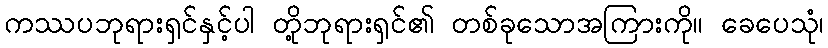
ကဿပဘုရားရှင်နှင့်ပါ တို့ဘုရားရှင်၏ တစ်ခုသောအကြားကို။ ခေပေသုံ၊